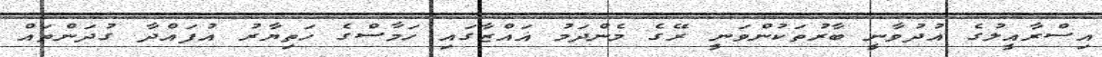
އިސްރާއީލުގެ އުދުވާނީ ބާރުތަކުންވަނީ ރޭގެ މެންދަމު ޣައްޒާގައި ހަމާސްގެ ހަތިޔާރު އުފައްދާ ގުދަންތައް